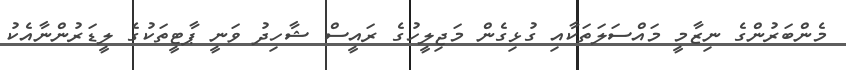
މެންބަރުންގެ ނިޒާމީ މައްސަލަތަކާއި ގުޅިގެން މަޖިލީހުގެ ރައީސް ޝާހިދު ވަނީ ޕާޓީތަކުގެ ލީޑަރުންނާއެކު